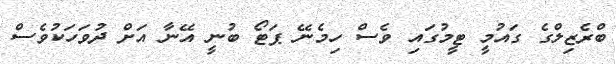
ބްރެޒިލްގެ ގައުމީ ޓީމުގައި ވެސް ހިމެނޭ ޕަޓޯ ބުނީ އޭނާ އަށް ދުވަހަކުވެސް